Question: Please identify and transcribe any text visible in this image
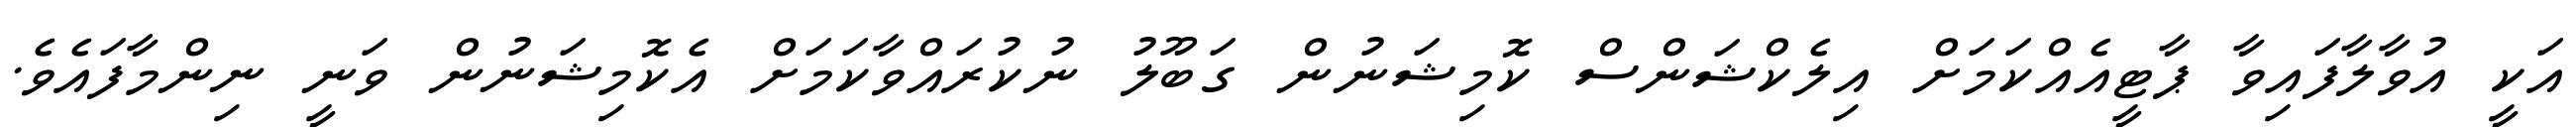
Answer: އަކީ އުވާލާފައިވާ ޕާޓީއެއްކަމަށް އިލެކްޝަންސް ކޮމިޝަނުން ގަބޫލު ނުކުރައްވާކަމަށް އެކޮމިޝަނުން ވަނީ ނިންމާފައެވެ.